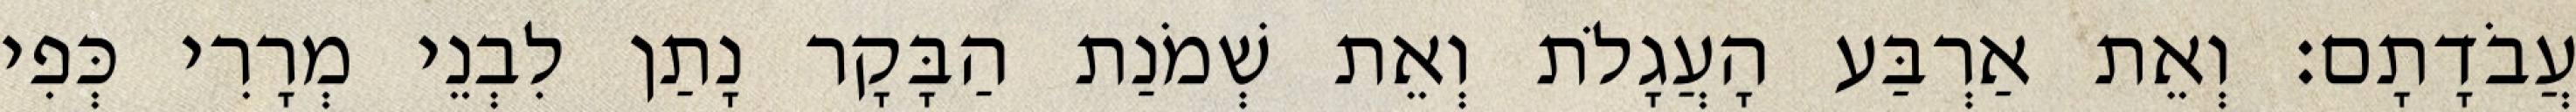
עֲבֹדָתָם׃ וְאֵת אַרְבַּע הָעֲגָלֹת וְאֵת שְׁמֹנַת הַבָּקָר נָתַן לִבְנֵי מְרָרִי כְּפִי